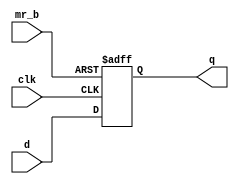
module SN74273_adder(
   input [7:0] d,
   input mr_b,
   input clk,
   output [7:0] q
);

   reg [7:0] data;
   always@(posedge clk, negedge mr_b)
	begin
	   if(mr_b==1'b0)
		data <= 8'h00;
	   else
		data <= d;
	end

   assign q = data;

endmodule